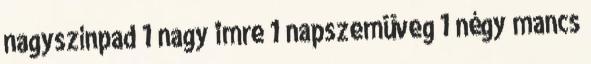
nagyszínpad 1 nagy imre 1 napszemüveg 1 négy mancs